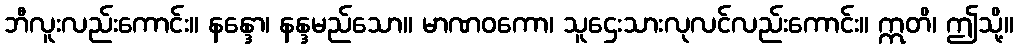
ဘီလူးလည်းကောင်း။ နန္ဒော၊ နန္ဒမည်သော။ မာဏဝကော၊ သူဌေးသားလုလင်လည်းကောင်း။ ဣတိ၊ ဤသို့။